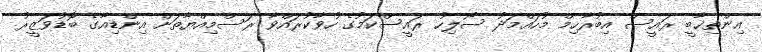
އިންތިޚާބީ ރައީސް އިބުރާހިމް މުހައްމަދު ސޯލިހު ރައީސްކަމުގެ ހުވާކުރައްވާ ރަސްމިއްޔާތަށް އިންޑިއާގެ ބޮޑުވަޒީރު